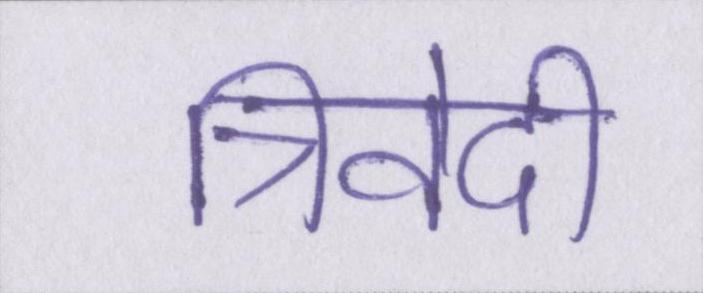
त्रिवेदी